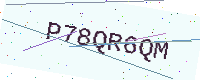
Text: P78QR6QM